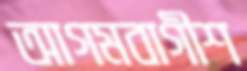
আগমবাগীশ